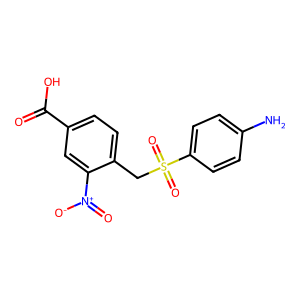
SMILES: Nc1ccc(S(=O)(=O)Cc2ccc(C(=O)O)cc2[N+](=O)[O-])cc1
Inhibits HIV replication: No